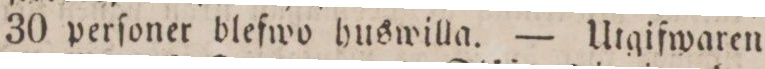
30 perſoner blefwo huswilla. — Utgifwaren